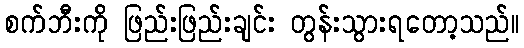
စက်ဘီးကို ဖြည်းဖြည်းချင်း တွန်းသွားရတော့သည်။